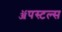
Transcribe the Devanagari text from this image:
ॲपस्टल्स